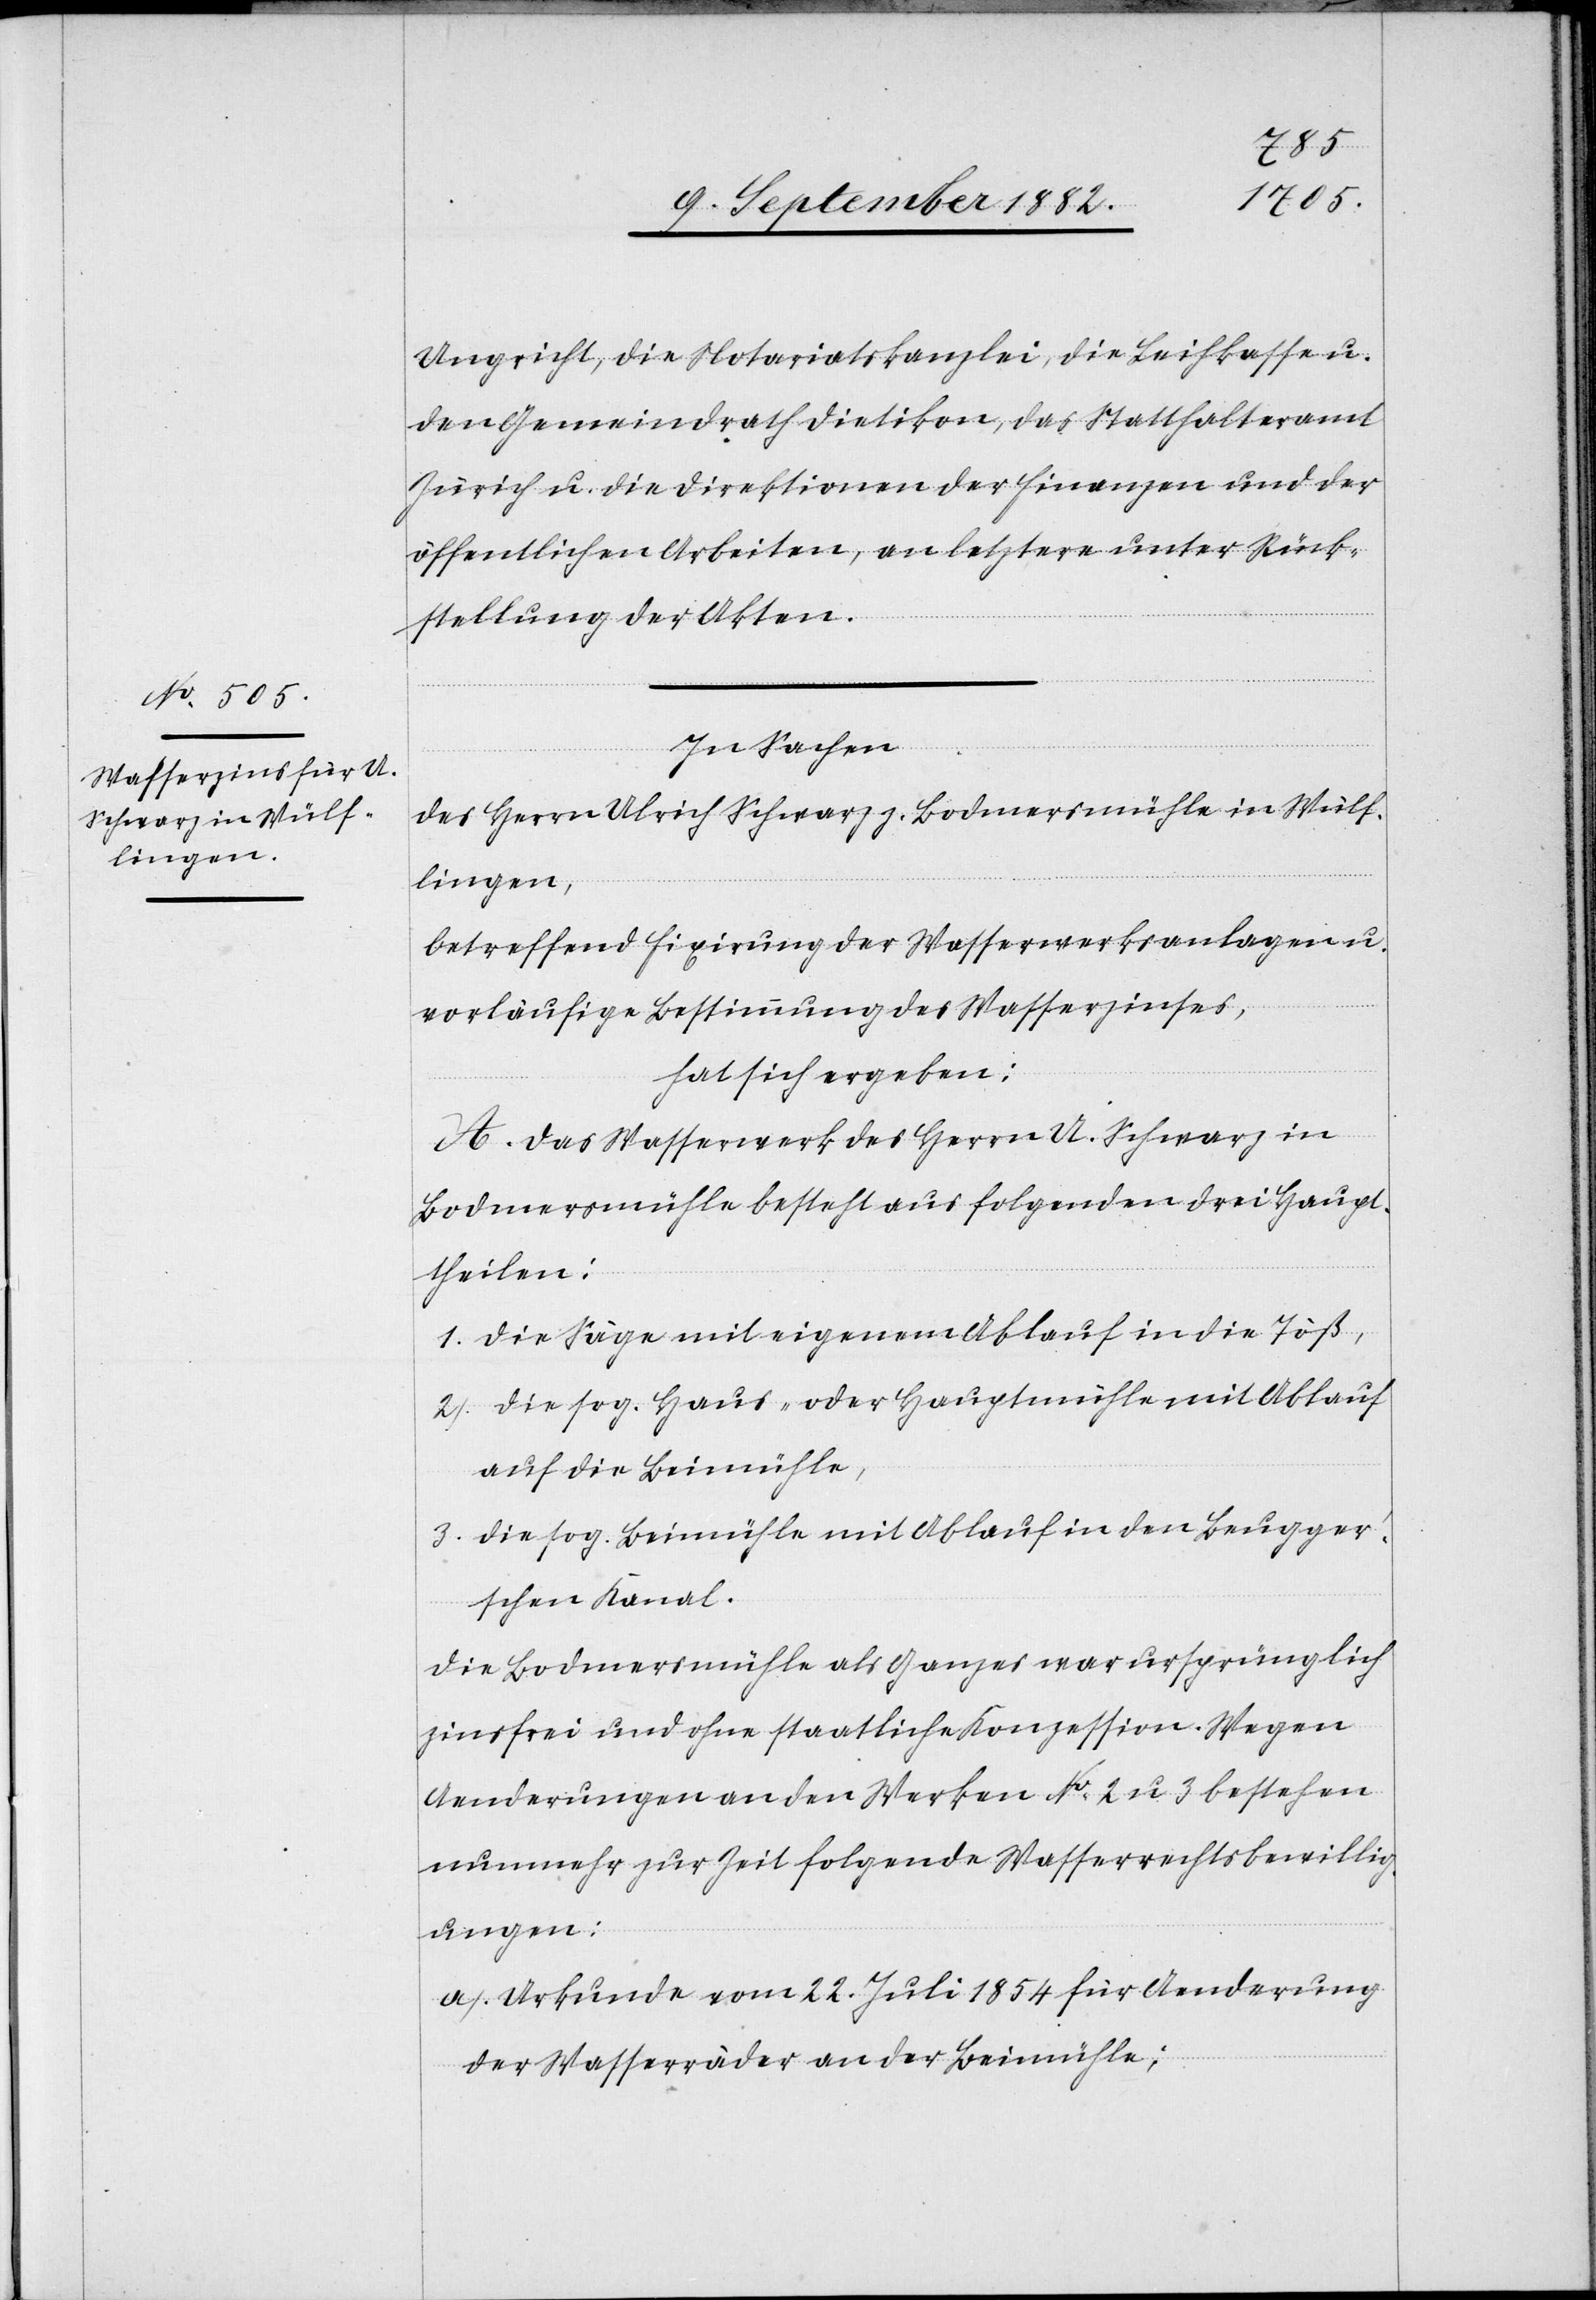
Ungricht, die Notariatskanzlei, die Leihkasse u.
den Gemeindrath Dietikon, das Statthalteramt
Zürich u. die Direktionen der Finanzen und der
öffentlichen Arbeiten, an letztere unter Rück¬
stellung der Akten.
In Sachen
des Herrn Ulrich Schwarz z. Bodmersmühle in Wülf¬
lingen,
betreffend Fixirung der Wasserwerksanlagen u.
vorläufige Bestimmung des Wasserzinses,
hat sich ergeben:
A. Das Wasserwerk des Herrn U. Schwarz in
Bodmersmühle besteht aus folgenden drei Haupt¬
theilen:
1. Die Säge mit eigenem Ablauf in die Töß,
2. Die sog. Haus- oder Hauptmühle mit Ablauf
auf die Beimühle,
3. Die sog. Beimühle mit Ablauf in den Beugge¬
r’schen Kanal.
Die Bodmersmühle als Ganzes war ursprünglich
zinsfrei und ohne staatliche Konzession. Wegen
Aenderungen an den Werken No 2 u. 3 bestehen
nunmehr zur Zeit folgende Wasserrechtsbewillig¬
ungen:
a. Urkunde vom 22. Juli 1854 für Aenderung
der Wasserräder an der Beimühle;